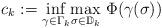
LaTeX: \begin{align*}c_k:=\underset{\gamma\in \Gamma_k}{\inf}\underset{\sigma\in \mathbb{D}_k}{\max}~\Phi(\gamma(\sigma)) \end{align*}